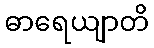
ဓာရေယျာတိ